Report of the Indian Hemp Drugs Commission, 1894-1895 - Volume IV
Year: 1894
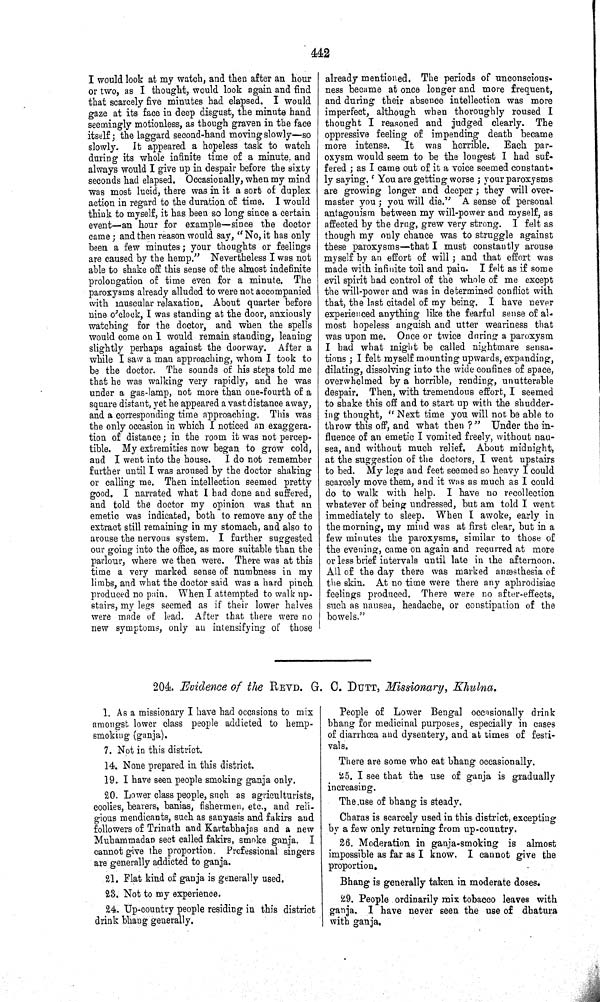
442
I would look at my watch, and then after an hour
or two, as I thought, would look again and find
that scarcely five minutes had elapsed. I would
gaze at its face in deep disgust, the minute hand
seemingly motionless, as though graven in the face
itself; the laggard second-hand moving slowly—so
slowly. It appeared a hopeless task to watch
during its whole infinite time of a minute and
always would I give up in despair before the sixty
seconds had elapsed. Occasionally, when my mind
was most lucid, there was in it a sort of duplex
action in regard to the duration of time. I would
think to myself, it has been so long since a certain
event—an hour for example—since the doctor
came; and then reason would say, "No, it has only
been a few minutes; your thoughts or feelings
are caused by the hemp." Nevertheless I was not
able to shake off this sense of the almost indefinite
prolongation of time even for a minute. The
paroxysms already alluded to were not accompanied
with muscular relaxation. About quarter before
nine o'clock, I was standing at the door, anxiously
watching for the doctor, and when the spells
would come on I would remain standing, leaning
slightly perhaps against the doorway. After a
while I saw a man approaching, whom I took to
be the doctor. The sounds of his steps told me
that he was walking very rapidly, and he was
under a gas-lamp, not more than one-fourth of a
square distant, yet he appeared a vast distance away,
and a corresponding time approaching. This was
the only occasion in which I noticed an exaggera-
tion of distance; in the room it was not percep-
tible. My extremities now began to grow cold,
and I went into the house. I do not remember
further until I was aroused by the doctor shaking
or calling me. Then intellection seemed pretty
good. I narrated what I had done and suffered,
and told the doctor my opinion was that an
emetic was indicated, both to remove any of the
extract still remaining in my stomach, and also to
arouse the nervous system. I further suggested
our going into the office, as more suitable than the
parlour, where we then were. There was at this
time a very marked sense of numbness in my
limbs, and what the doctor said was a hard pinch
produced no pain. When I attempted to walk up-
stairs, my legs seemed as if their lower halves
were made of lead. After that there were no
new symptoms, only an intensifying of those
already mentioned. The periods of unconscious-
ness became at once longer and more frequent,
and during their absence intellection was more
imperfect, although when thoroughly roused I
thought I reasoned and judged clearly. The
oppressive feeling of impending death became
more intense.
It was horrible. Each par-
oxysm would seem to be the longest I had suf-
fered; as I came out of it a voice seemed constant-
ly saying, 'You are getting worse; your paroxysms
are growing longer and deeper; they will over-
master you; you will die." A sense of personal
antagonism between my will-power and myself, as
affected by the drug, grew very strong. I felt as
though my only chance was to struggle against
these paroxysms—that I must constantly arouse
myself by an effort of will; and that effort was
made with infinite toil and pain. I felt as if some
evil spirit had control of the whole of me except
the will-power and was in determined conflict with
that, the last citadel of my being. I have never
experienced anything like the fearful sense of al-
most hopeless anguish and utter weariness that
was upon me. Once or twice during a paroxysm
I had what might be called nightmare sensa-
tions; I felt myself mounting upwards, expanding,
dilating, dissolving into the wide confines of space,
overwhelmed by a horrible, rending, unutterable
despair. Then, with tremendous effort, I seemed
to shake this off and to start up with the shudder-
ing thought, "Next time you will not be able to
throw this off, and what then?" Under the in-
fluence of an emetic I vomited freely, without nau-
sea, and without much relief. About midnight,
at the suggestion of the doctors, I went upstairs
to bed. My legs and feet seemed so heavy I could
scarcely move them, and it was as much as I could
do to walk with help. I have no recollection
whatever of being undressed, but am told I went
immediately to sleep. When I awoke, early in
the morning, my mind was at first clear, but in a
few minutes the paroxysms, similar to those of
the evening, came on again and recurred at more
or less brief intervals until late in the afternoon.
All of the day there was marked anæsthesia of
the skin. At no time were there any aphrodisiac
feelings produced. There were no after-effects,
such as nausea, headache, or constipation of the
bowels."
204. Evidence of the REVD. G. C. DUTT, Missionary, Khulna.
1. As a missionary I have had occasions to mix
amongst lower class people addicted to hemp-
smoking (ganja).
7. Not in this district.
14. None prepared in this district.
19. I have seen people smoking ganja only.
20. Lower class people, such as agriculturists,
coolies, bearers, banias, fishermen, etc., and reli-
gious mendicants, such as sanyasis and fakirs and
followers of Trinath and Kartabhajas and a new
Muhammadan sect called fakirs, smoke ganja. I
cannot give the proportion. Professional singers
are generally addicted to ganja.
21. Flat kind of ganja is generally used.
23. Not to my experience.
24. Up-country people residing in this district
drink bhang generally.
People of Lower Bengal occasionally drink
bhang for medicinal purposes, especially in cases
of diarrhœa and dysentery, and at times of festi-
vals.
There are some who eat bhang occasionally.
25. I see that the use of ganja is gradually
increasing.
The use of bhang is steady.
Charas is scarcely used in this district, excepting
by a few only returning from up-country.
26. Moderation in ganja-smoking is almost
impossible as far as I know. I cannot give the
proportion.
Bhang is generally taken in moderate doses.
29. People ordinarily mix tobacco leaves with
ganja. I have never seen the use of dhatura
with ganja.